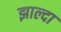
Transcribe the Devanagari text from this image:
झाल्दा